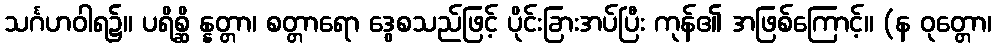
သင်္ဂဟဝါရ၌။ ပရိစ္ဆိ န္နတ္တာ၊ စတ္တာရော ဒွေစသည်ဖြင့် ပိုင်းခြားအပ်ပြီး ကုန်၏ အဖြစ်ကြောင့်။ (န ဝုတ္တော၊